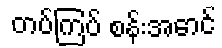
တပ်ကြပ် စန်းအောင်